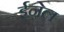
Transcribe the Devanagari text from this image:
ईनेल